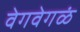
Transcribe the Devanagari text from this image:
वेगवेगळं